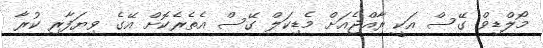
މޯލްޑިވް ގޭސް އަކީ ރާއްޖެއަށް މެޑިކަލް ގޭސް އެތެރެކޮށް އޭގެ ވިޔަފާރި ކުރާ